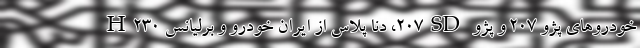
خودروهای پژو 207 و پژو 207SD، دنا پلاس از ایران خودرو و برلیانس H230